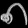
Digit: ၈